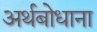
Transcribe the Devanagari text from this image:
अर्थबोधाना